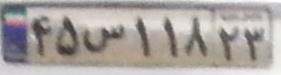
۴۵س۱۱۸۲۳